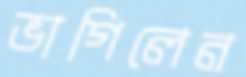
ভাগিলেন